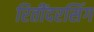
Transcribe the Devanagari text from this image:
रितींदरसिंग